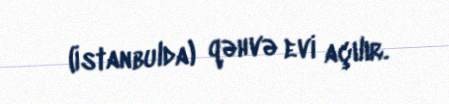
(İstanbulda) qəhvə evi açılır.